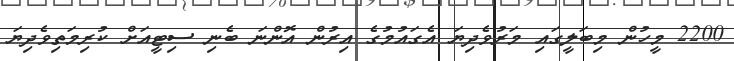
2200 މީހުން މިބަލީގައި މަރުވެދިޔަ އެގައުމުގެ އިރުން އޮންނަ ބެނި ސިޓީއަށް ކުރިމަތިވެދިޔަ